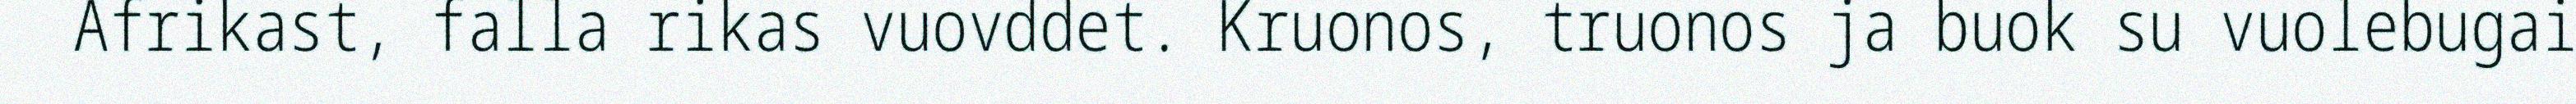
Afrikast, falla rikas vuovddet. Kruonos, truonos ja buok su vuolebugai